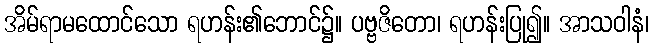
အိမ်ရာမထောင်သော ရဟန်း၏ဘောင်၌။ ပဗ္ဗဇိတော၊ ရဟန်းပြု၍။ အာသဝါနံ၊